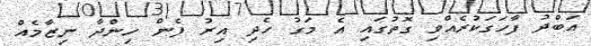
އަބްދު ފާހަގަކުރެއްވި ގޮތުގައި އެ މަގު ހެދި އިރު ފެން ހިންދާ ނިޒާމެއް